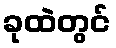
ခုထဲတွင်